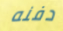
دفنه